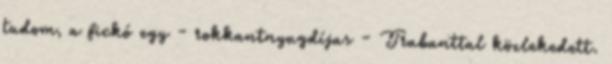
tudom, a fickó egy - rokkantnyugdíjas - Trabanttal közlekedett.